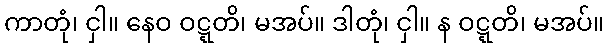
ကာတုံ၊ ငှါ။ နေဝ ဝဋ္ဋတိ၊ မအပ်။ ဒါတုံ၊ ငှါ။ န ဝဋ္ဋတိ၊ မအပ်။